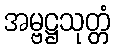
အမ္ဗဋ္ဌသုတ္တံ